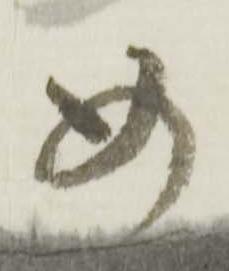
め